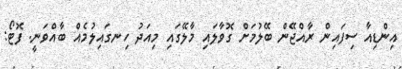
އިންޑިއާ ސިފައިން ރާއްޖޭން ބޭލުމަށް ގޮވާލައި މާލޭގައި މިއަދު ހިނގައިލުމެއް ބާއްވަނީ. ފޮޓޯ: